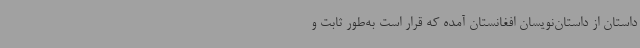
داستان از داستان‌نویسان افغانستان آمده که قرار است به‌طور ثابت و